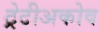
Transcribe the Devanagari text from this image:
ट्रेटीअकोव